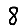
Digit: 8